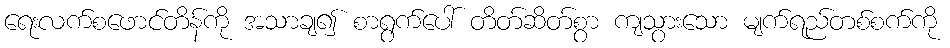
ရေးလက်စဖောင်တိန်ကို အသာချ၍ စာရွက်ပေါ် တိတ်ဆိတ်စွာ ကျသွားသော မျက်ရည်တစ်စက်ကို